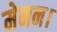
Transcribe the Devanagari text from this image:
मेनन।